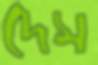
দেস